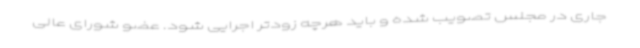
جاری در مجلس تصویب شده و باید هرچه زودتر اجرایی شود. عضو شورای عالی